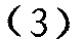
-3